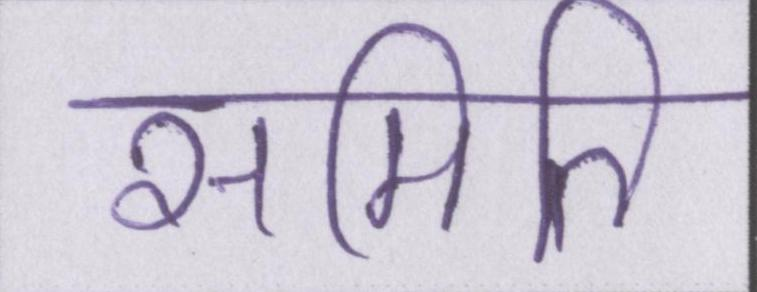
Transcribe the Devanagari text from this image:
समिति